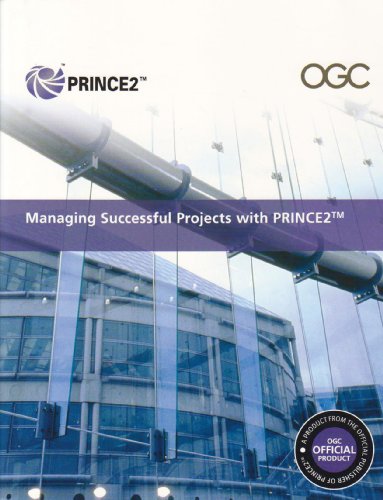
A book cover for Managing Successful Projects with PRINCE2 2009 Edition Manual; Office of Government Commerce; Reference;